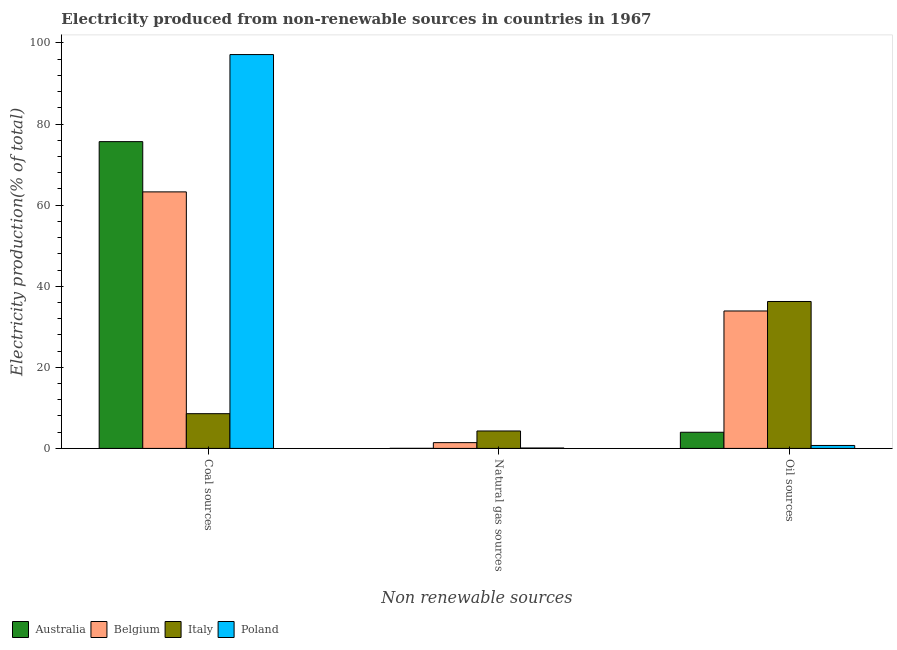
| Non renewable sources | Australia | Belgium | Italy | Poland |
 | --- | --- | --- | --- | --- |
 | Coal sources | 75.7 | 63.3 | 8.57 | 97.1 |
 | Natural gas sources | 0.0206 | 1.43 | 4.3 | 0.102 |
 | Oil sources | 3.98 | 33.9 | 36.2 | 0.73 |